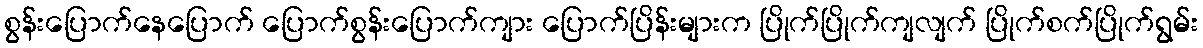
စွန်းပြောက်နေပြောက် ပြောက်စွန်းပြောက်ကျား ပြောက်ပြိန်းများက ပြိုက်ပြိုက်ကျလျက် ပြိုက်စက်ပြိုက်ရွမ်း